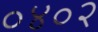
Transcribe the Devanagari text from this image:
०४०२